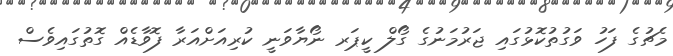
މެޗުގެ ފަހު ވަގުތުކޮޅުގައި ޖަރުމަނުގެ ގޯލް ކީޕަރ ނޯޔާވަނީ ކުރިއަށްއަރާ ފޮވާޑެއް ގޮތުގައިވެސް